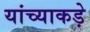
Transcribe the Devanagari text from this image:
यांच्याकड़े